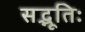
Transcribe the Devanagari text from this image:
सद्भूतिः